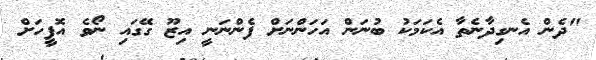
"ދެން އެނގިދާނެތާ އެކަމަކު ބުނަން އަހަންނަށް ފެންނަނީ އިޒޫ ގޭގައި ނޯވެ އޮފީހަށް